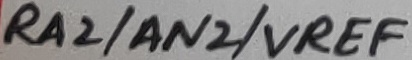
Text: RA3/AN3/CMP1